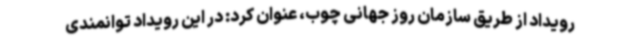
رویداد از طریق سازمان روز جهانی چوب، عنوان کرد: در این رویداد توانمندی